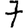
Digit: 7